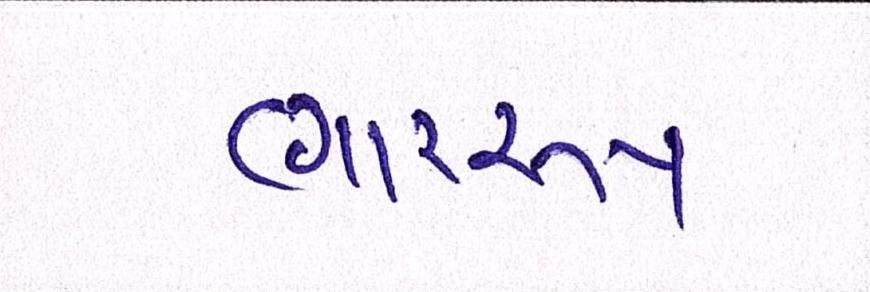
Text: ભારરૂપ